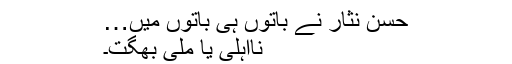
حسن نثار نے باتوں ہی باتوں میں…
نااہلی یا ملی بھگت۔